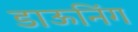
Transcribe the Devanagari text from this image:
डाऊनिंग